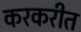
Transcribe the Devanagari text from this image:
करकरीत